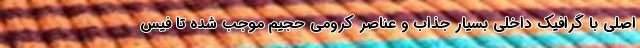
اصلی با گرافیک داخلی بسیار جذاب و عناصر کرومی حجیم موجب شده تا فیس